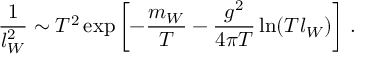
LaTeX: \frac { 1 } { l _ { W } ^ { 2 } } \sim T ^ { 2 } \exp \left[ - \frac { m _ { W } } T - \frac { g ^ { 2 } } { 4 \pi T } \ln ( T l _ { W } ) \right] \, .